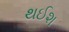
થઈશ